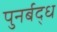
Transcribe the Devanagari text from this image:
पुनर्बद्ध